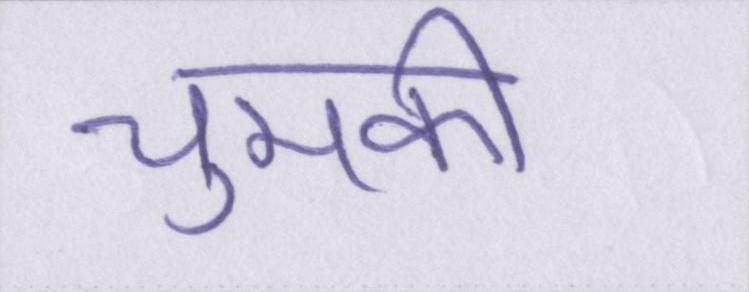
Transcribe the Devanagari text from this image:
चुमकी